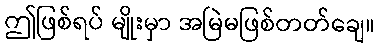
ဤဖြစ်ရပ် မျိုးမှာ အမြဲမဖြစ်တတ်ချေ။